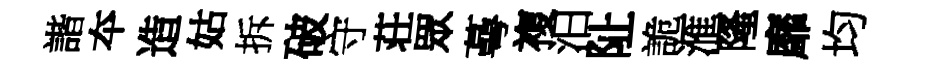
諧夲造姑拆破守荘眾蕚複汨阯詭滙隆靡均